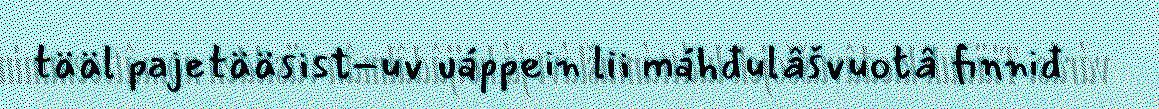
tääl pajetääsist-uv uáppein lii máhđulâšvuotâ finniđ